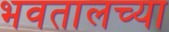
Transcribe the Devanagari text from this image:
भवतालच्या